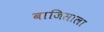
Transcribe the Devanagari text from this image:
बाजिसाला